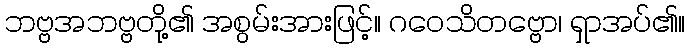
ဘဗ္ဗအဘဗ္ဗတို့၏ အစွမ်းအားဖြင့်။ ဂဝေသိတဗ္ဗော၊ ရှာအပ်၏။